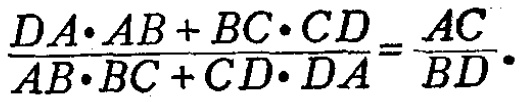
\(\frac{DA\cdot AB + BC\cdot CD}{AB\cdot BC + CD\cdot DA}=\frac{AC}{BD}\)